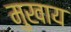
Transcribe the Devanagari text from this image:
मुखाय